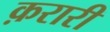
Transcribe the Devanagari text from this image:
क़रारी